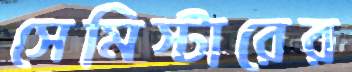
সেমিস্টারের